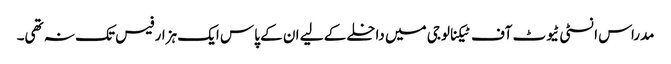
مدراس انسٹی ٹیوٹ آف ٹیکنالوجی میں داخلے کے لیے ان کے پاس ایک ہزار فیس تک نہ تھی۔